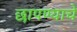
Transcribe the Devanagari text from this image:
छापण्याचे